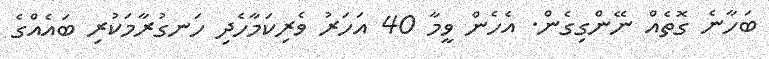
ބަހާނެ ގޮތެއް ނޭންގިގެން. އެހެން ވީމާ 40 އަހަރު ވެރިކަމާހެދި ހަނގުރާމަކުރި ބައެއްގެ